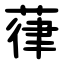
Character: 葎